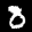
Label: 8